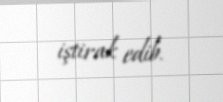
iştirak edib.